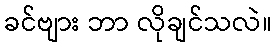
ခင်ဗျား ဘာ လိုချင်သလဲ။